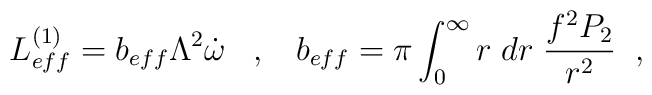
L^{(1)}_{eff}=b_{eff}\Lambda^{2}\dot{\omega} \;\;\;,\;\;\;  b_{eff}=\pi \int_{0}^{\infty} r\;dr\;\frac{f^{2}P_{2}}{r^{2}}  \;\;,